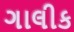
ગાલીક